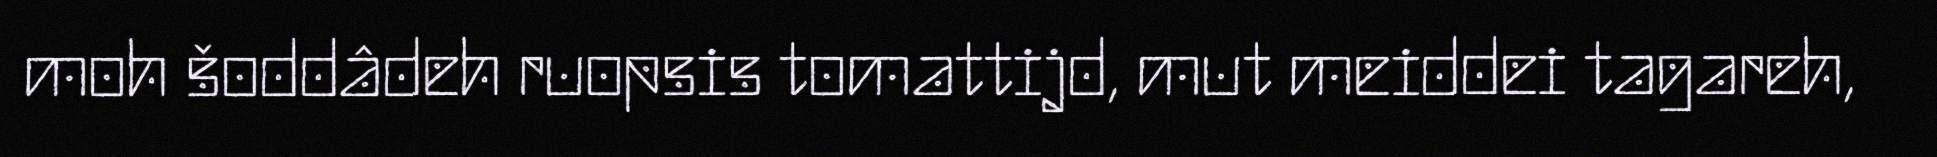
moh šoddâdeh ruopsis tomattijd, mut meiddei tagareh,